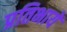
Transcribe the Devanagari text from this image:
प्रतिभायें